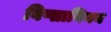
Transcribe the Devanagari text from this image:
विप्सानियन